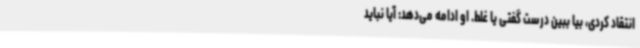
انتقاد کردی، بیا ببین درست گفتی یا غلط. او ادامه می‌دهد: آیا نباید